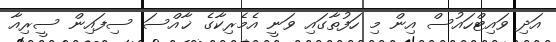
އަދި ވައިޓްހައުސް އިން މި ހަފުތާގައި ވަނީ އެމެރިކާގެ ޚާއްސަ ސިފައިން ސީރިއާ